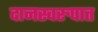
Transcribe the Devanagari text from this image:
दानस्वरुपात